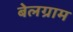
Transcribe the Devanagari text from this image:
बेलग्राम